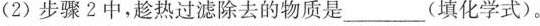
（2）步骤2中，趁热过滤除去的物质是___(填化学式)。